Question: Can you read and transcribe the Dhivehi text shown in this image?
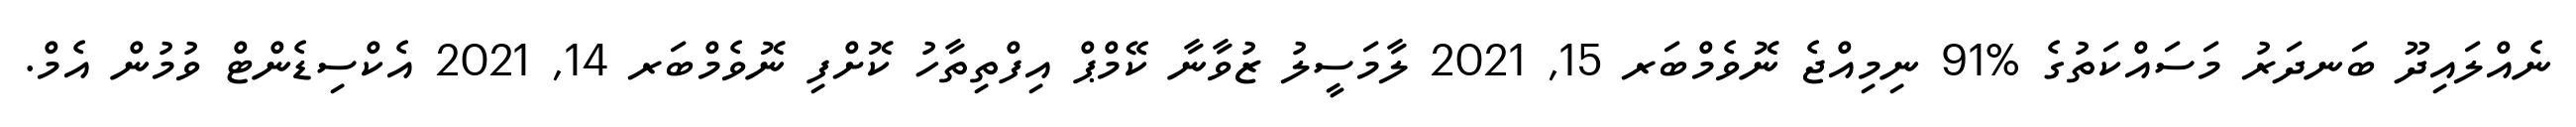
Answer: ނެއްލައިދޫ ބަނދަރު މަސައްކަތުގެ %91 ނިމިއްޖެ ނޮވެމްބަރ 15, 2021 ލާމަސީލު ޒުވާނާ ކޭމްޕް އިފްތިތާހު ކޮށްފި ނޮވެމްބަރ 14, 2021 އެކްސިޑެންޓް ވުމުން އެމް.